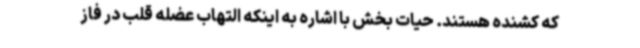
که کشنده هستند. حیات بخش با اشاره به اینکه التهاب عضله قلب در فاز